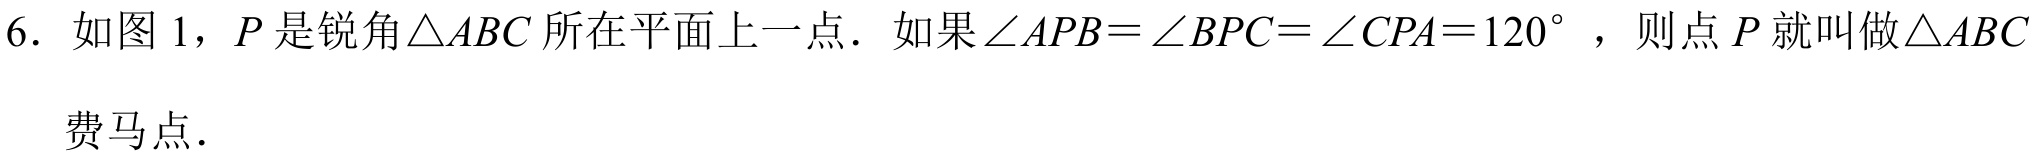
6. 如图1，\(P\)是锐角\(\triangle ABC\)所在平面上一点．如果\(\angle APB=\angle BPC=\angle CPA = 120^{\circ}\) ，则点\(P\)就叫做\(\triangle ABC\)费马点．